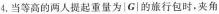
4，当等高的两人提起重量为|G|的旅行包时，夹角